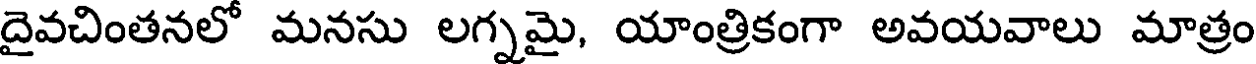
దైవచింతనలో మనసు లగ్నమై, యాంత్రికంగా అవయవాలు మాత్రం